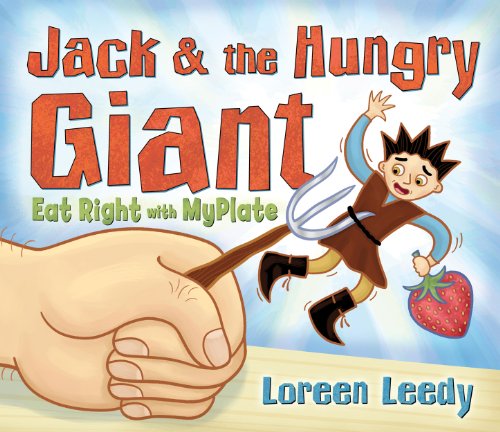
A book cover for Jack and the Hungry Giant Eat Right With Myplate; Loreen Leedy; Children's Books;